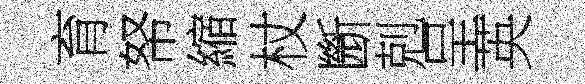
育帑縮杖㫁剋呈英